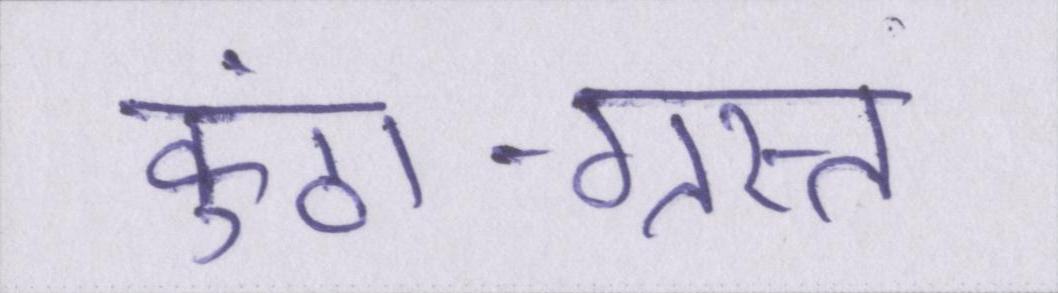
कुंठा-ग्रस्त